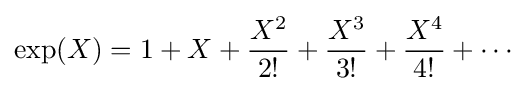
\exp(X)=1+X+{\frac {X^{2}}{2!}}+{\frac {X^{3}}{3!}}+{\frac {X^{4}}{4!}}+\cdots